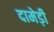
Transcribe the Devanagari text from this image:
दामेड़ी